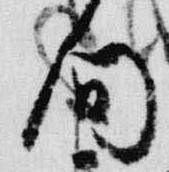
問